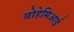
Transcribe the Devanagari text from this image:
बोहेमिआई